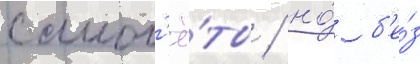
самол'ё́ты / но́ б'е́з